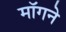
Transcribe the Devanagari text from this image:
माॅगने